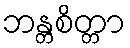
ဘန္တစိတ္တာ